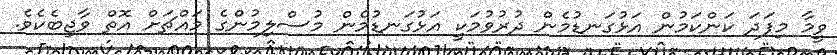
ވީމާ މިފަދަ ކަންކަމުން އަޅުގަނޑުމެން ދުރުވުމަކީ އަޅުގަނޑުމެން މުސްލިމުންގެ މައްޗަށް އޮތް ވާޖިބެކެވެ.